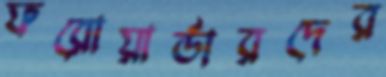
ফরোয়ার্ডারদের